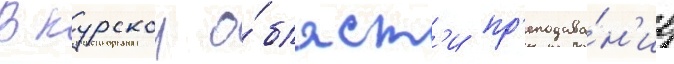
В курскои о́бласт'и пр'еподава́н'ие